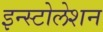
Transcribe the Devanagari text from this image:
इन्स्टोलेशन